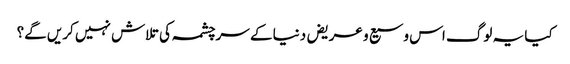
کیا یہ لوگ اس وسیع و عریض دنیا کے سرچشمہ کی تلاش نہیں کریں گے؟